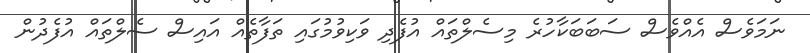
ނަމަވެސް އެއްވެސް ސަބަބަކާހުރެ މިސެލްތައް އުފެދި ވަކިވުމުގައި ތަފާތެއް އައިސް ސެލްތައް އުފެދުން